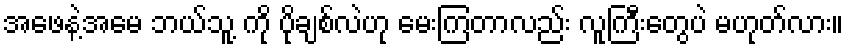
အဖေနဲ့အမေ ဘယ်သူ့ ကို ပိုချစ်လဲဟု မေးကြတာလည်း လူကြီးတွေပဲ မဟုတ်လား။